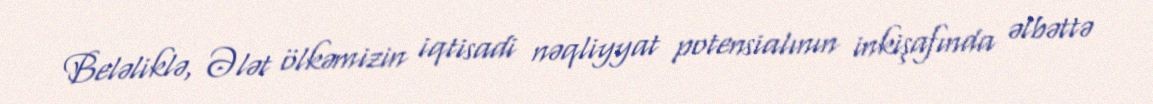
Beləliklə, Ələt ölkəmizin iqtisadi nəqliyyat potensialının inkişafında əlbəttə